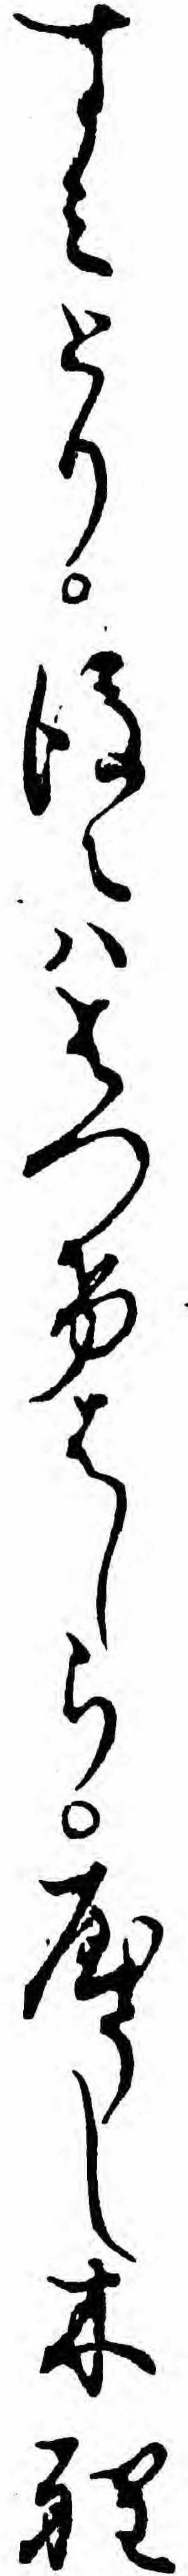
すミとり後〻ハはつけはしらやうし木程